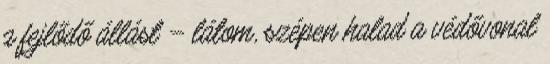
a fejlődő állást – látom, szépen halad a védővonal